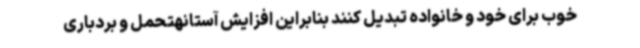
خوب برای خود و خانواده تبدیل کنند بنابراین افزایش آستانهتحمل و بردباری